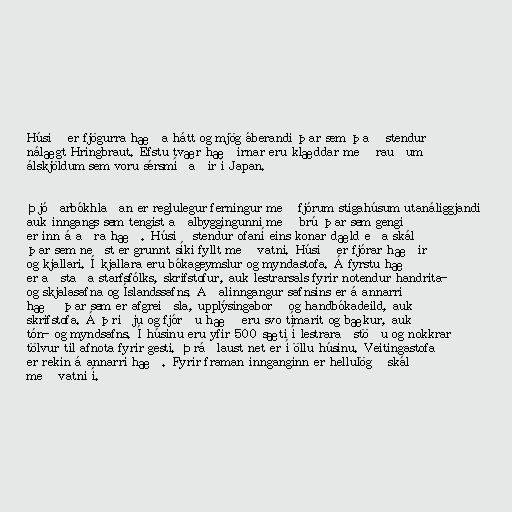
Húsið er fjögurra hæða hátt og mjög áberandi þar sem það stendur
nálægt Hringbraut. Efstu tvær hæðirnar eru klæddar með rauðum
álskjöldum sem voru sérsmíðaðir í Japan.

Þjóðarbókhlaðan er reglulegur ferningur með fjórum stigahúsum utanáliggjandi
auk inngangs sem tengist aðalbyggingunni með brú þar sem gengið
er inn á aðra hæð. Húsið stendur ofaní eins konar dæld eða skál
þar sem neðst er grunnt síki fyllt með vatni. Húsið er fjórar hæðir
og kjallari. Í kjallara eru bókageymslur og myndastofa. Á fyrstu hæð
er aðstaða starfsfólks, skrifstofur, auk lestrarsals fyrir notendur handrita-
og skjalasafna og Íslandssafns. Aðalinngangur safnsins er á annarri
hæð þar sem er afgreiðsla, upplýsingaborð og handbókadeild, auk
skrifstofa. Á þriðju og fjórðu hæð eru svo tímarit og bækur, auk
tón- og myndsafns. Í húsinu eru yfir 500 sæti í lestraraðstöðu og nokkrar
tölvur til afnota fyrir gesti. Þráðlaust net er í öllu húsinu. Veitingastofa
er rekin á annarri hæð. Fyrir framan innganginn er hellulögð skál
með vatni í.